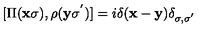
[ \Pi ( { \bf { x } } \sigma ) , \rho ( { \bf { y } } \sigma ^ { ' } ) ] = i \mathrm { } \delta ( { \bf { x } } - { \bf { y } } ) \delta _ { \sigma , \sigma ^ { ' } }